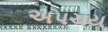
અપચય